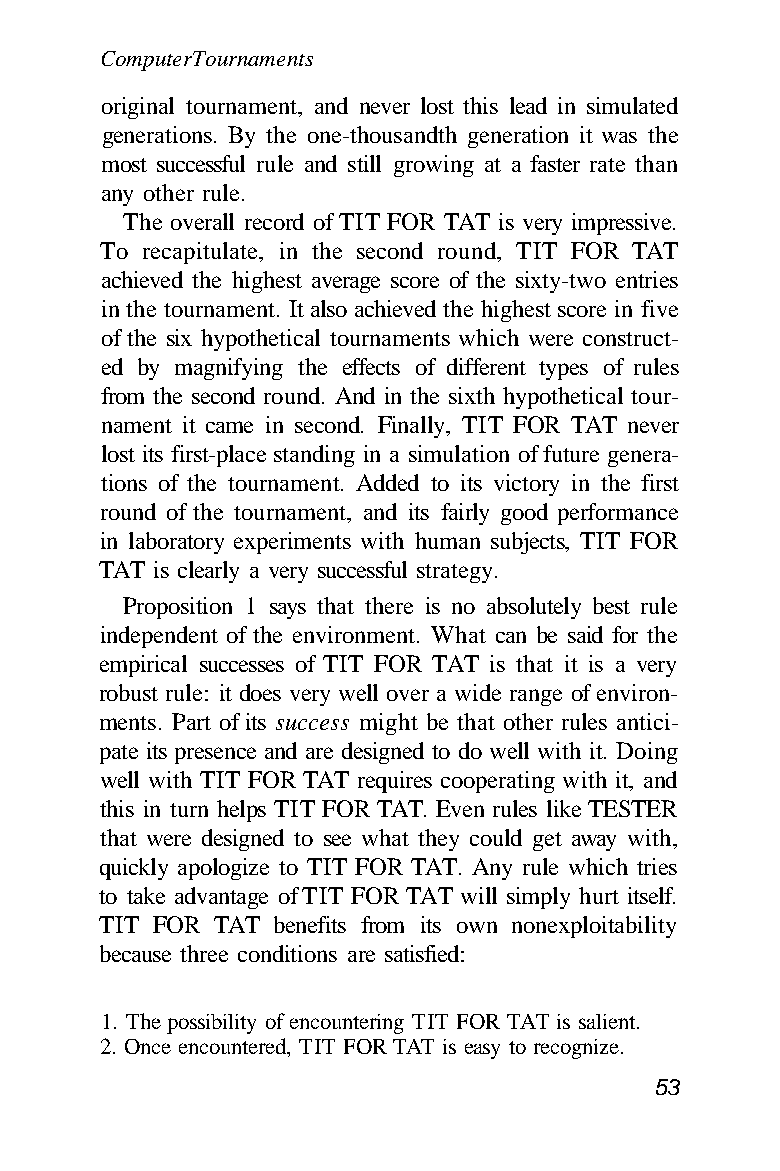
Computer Tournaments
 original tournament, and never lost this lead in simulated
 generations. By the one-thousandth generation it was the
 most successful rule and still growing at a faster rate than
 any other rule.
 The overall record of TIT FOR TAT is very impressive.
 To recapitulate, in the second round, TIT FOR TAT
 achieved the highest average score of the sixty-two entries
 in the tournament. It also achieved the highest score in five
 of the six hypothetical tournaments which were construct-
 ed by magnifying the effects of different types of rules
 from the second round. And in the sixth hypothetical tour-
 nament it came in second. Finally, TIT FOR TAT never
 lost its first-place standing in a simulation of future genera-
 tions of the tournament. Added to its victory in the first
 round of the tournament, and its fairly good performance
 in laboratory experiments with human subjects, TIT FOR
 TAT is clearly a very successful strategy.
 Proposition 1 says that there is no absolutely best rule
 independent of the environment. What can be said for the
 empirical successes of TIT FOR TAT is that it is a very
 robust rule: it does very well over a wide range of environ-
 ments. Part of its success might be that other rules antici-
 pate its presence and are designed to do well with it. Doing
 well with TIT FOR TAT requires cooperating with it, and
 this in turn helps TIT FOR TAT. Even rules like TESTER
 that were designed to see what they could get away with,
 quickly apologize to TIT FOR TAT. Any rule which tries
 to take advantage of TIT FOR TAT will simply hurt itself.
 TIT FOR TAT benefits from its own nonexploitability
 because three conditions are satisfied:
 1. The possibility of encountering TIT FOR TAT is salient.
 2. Once encountered, TIT FOR TAT is easy to recognize.
 53